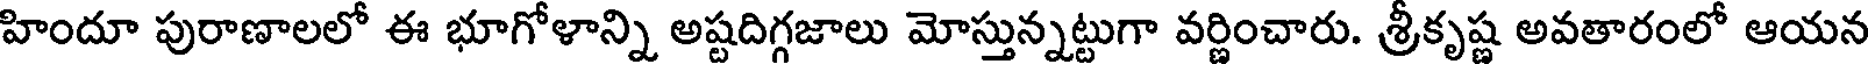
హిందూ పురాణాలలో ఈ భూగోళాన్ని అష్టదిగ్గజాలు మోస్తున్నట్టుగా వర్ణించారు. శ్రీకృష్ణ అవతారంలో ఆయన